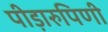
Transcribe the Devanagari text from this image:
पीड़ारुपिणी